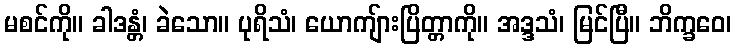
မစင်ကို။ ခါဒန္တံ၊ ခဲသော။ ပုရိသံ၊ ယောကျ်ားပြိတ္တာကို။ အဒ္ဒသံ၊ မြင်ပြီ။ ဘိက္ခဝေ၊